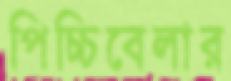
পিচ্চিবেলার